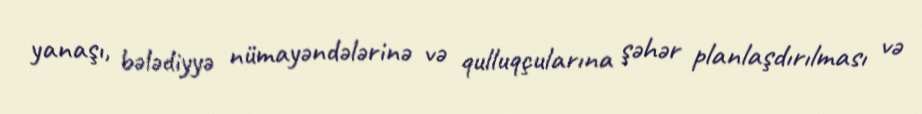
yanaşı, bələdiyyə nümayəndələrinə və qulluqçularına şəhər planlaşdırılması və